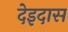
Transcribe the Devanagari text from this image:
देइदास